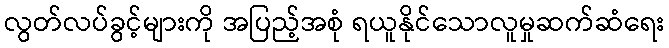
လွတ်လပ်ခွင့်များကို အပြည့်အစုံ ရယူနိုင်သောလူမှုဆက်ဆံရေး